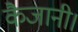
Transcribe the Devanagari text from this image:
कैजानी।